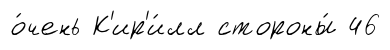
о́чень К'ир'и́лл стороны́ 46